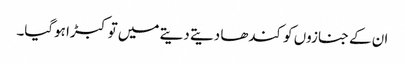
ان کے جنازوں کو کندھا دیتے دیتے میں توکبڑا ہوگیا۔